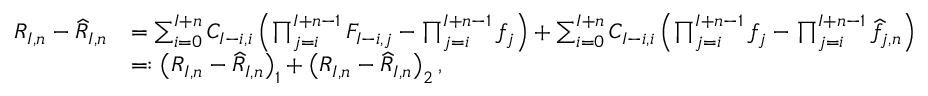
\begin{array} { r l } { R _ { I , n } - \widehat { R } _ { I , n } } & { = \sum _ { i = 0 } ^ { I + n } C _ { I - i , i } \left( \prod _ { j = i } ^ { I + n - 1 } F _ { I - i , j } - \prod _ { j = i } ^ { I + n - 1 } { f } _ { j } \right) + \sum _ { i = 0 } ^ { I + n } C _ { I - i , i } \left( \prod _ { j = i } ^ { I + n - 1 } { f } _ { j } - \prod _ { j = i } ^ { I + n - 1 } \widehat { f } _ { j , n } \right) } \\ & { = : \left( R _ { I , n } - \widehat { R } _ { I , n } \right) _ { 1 } + \left( R _ { I , n } - \widehat { R } _ { I , n } \right) _ { 2 } , } \end{array}